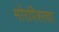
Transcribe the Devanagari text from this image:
मोरपिसाचा